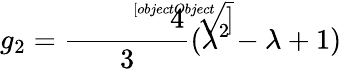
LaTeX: g_{2}={\frac{\sqrt[[objectObject]]{4}}{3}}(\lambda^{2}-\lambda+1)